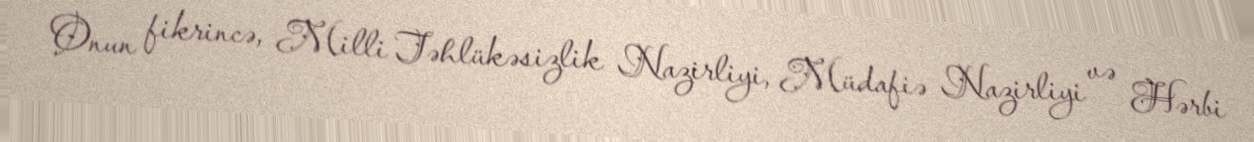
Onun fikrincə, Milli Təhlükəsizlik Nazirliyi, Müdafiə Nazirliyi və Hərbi